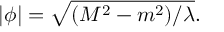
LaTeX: | \phi | = \sqrt { ( M ^ { 2 } - m ^ { 2 } ) / \lambda } .